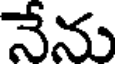
నేను